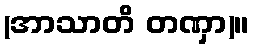
(အာသာတိ တဏှာ)။